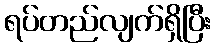
ရပ်တည်လျက်ရှိပြီး